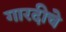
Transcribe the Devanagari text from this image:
गारदीचे